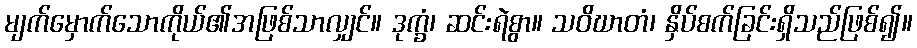
မျက်မှောက်သောကိုယ်၏အဖြစ်သာလျှင်။ ဒုက္ခံ၊ ဆင်းရဲစွာ။ သဝိဃာတံ၊ နှိပ်စက်ခြင်းရှိသည်ဖြစ်၍။